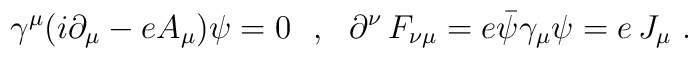
\gamma^\mu(i\partial_\mu-eA_\mu)\psi=0\ \ ,\ \ \partial^\nu\,F_{\nu\mu}=e\bar{\psi}\gamma_\mu\psi=e\,J_\mu\ .